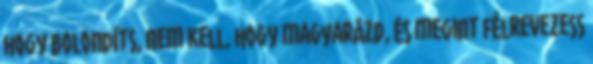
hogy bolondíts, Nem kell, hogy magyarázd, és megint félrevezess